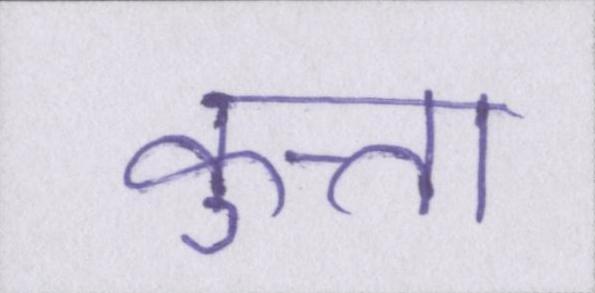
कुत्ता